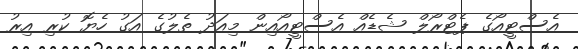
އެސްޓީއޯގެ ޕެޓްރޯލް ޝެޑެއް އެސްޓީއޯއިން މިއަދު ތެލުގެ އަގު ހެޔޮ ކުރި އިރު